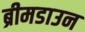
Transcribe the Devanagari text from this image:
ब्रीमडाउन